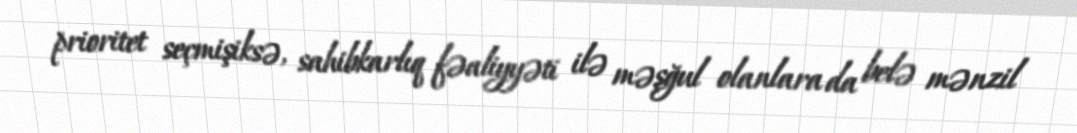
prioritet seçmişiksə, sahibkarlıq fəaliyyəti ilə məşğul olanlara da belə mənzil